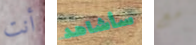
أنت سأشاهد مع